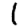
Digit: 1